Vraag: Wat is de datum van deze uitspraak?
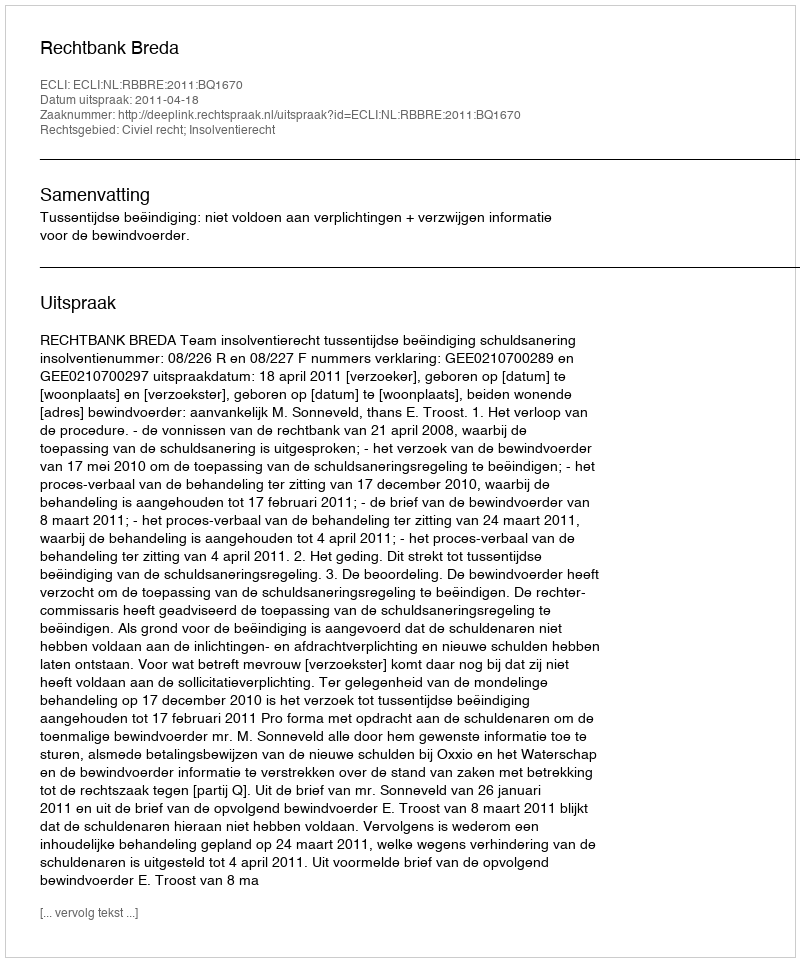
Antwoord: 2011-04-18